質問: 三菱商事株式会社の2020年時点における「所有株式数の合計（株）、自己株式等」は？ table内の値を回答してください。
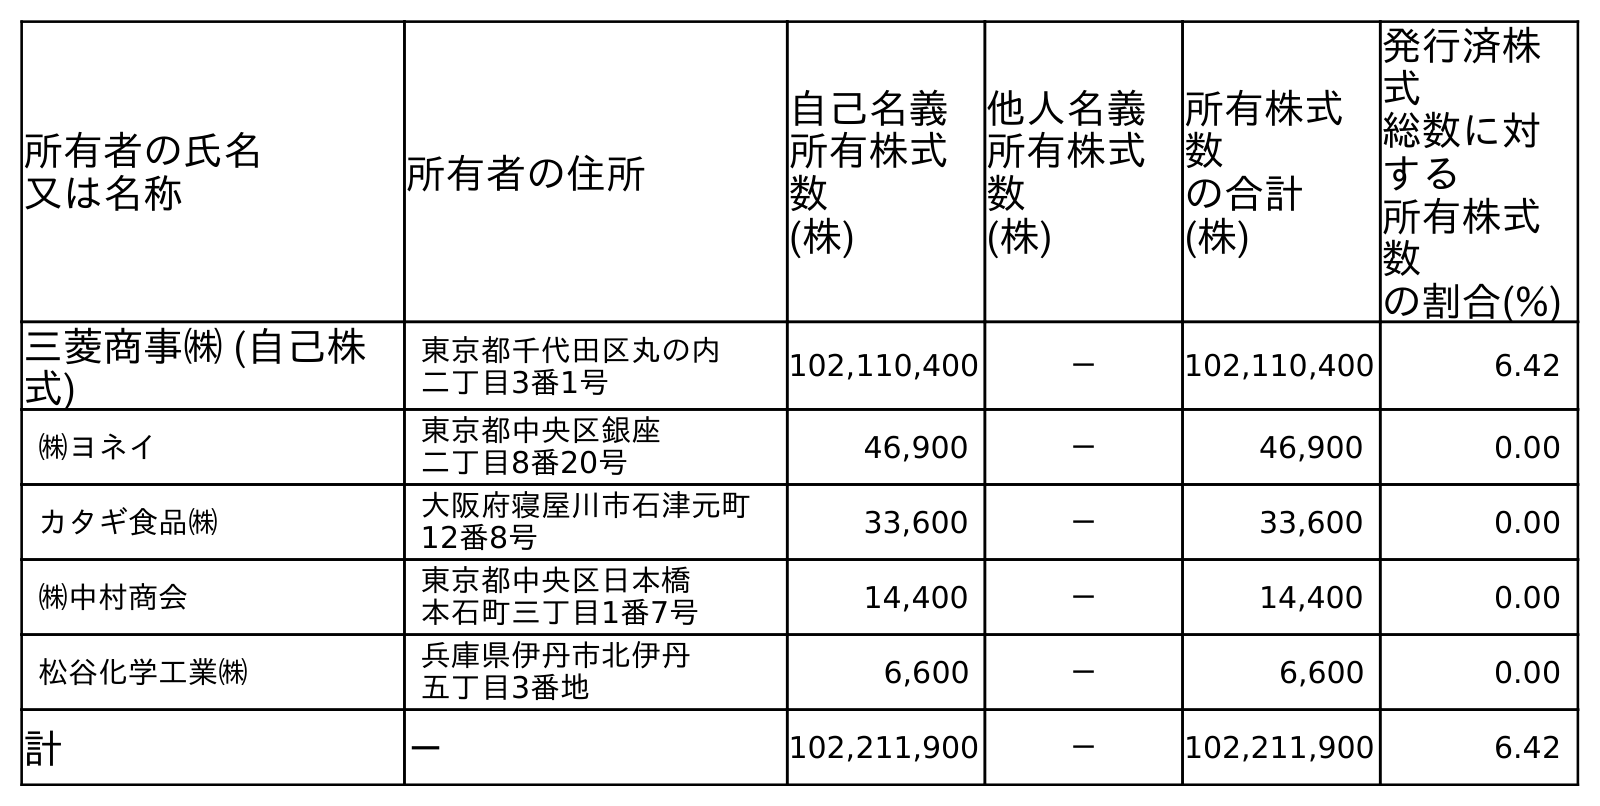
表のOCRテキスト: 所有者の氏名 又は名称 所有者の住所 自己名義 所有株式 数 (株) 他人名義 所有株式 数 (株) 所有株式 数 の合計 (株) 発行済株 式 総数に対 する 所有株式 数 の割合(%) 三菱商事㈱ (自己株 式) 東京都千代田区丸の内 二丁目3番1号 102,110,400 － 102,110,400 6.42 ㈱ヨネイ 東京都中央区銀座 二丁目8番20号 46,900 － 46,900 0.00 カタギ食品㈱ 大阪府寝屋川市石津元町 12番8号 33,600 － 33,600 0.00 ㈱中村商会 東京都中央区日本橋 本石町三丁目1番7号 14,400 － 14,400 0.00 松谷化学工業㈱ 兵庫県伊丹市北伊丹 五丁目3番地 6,600 － 6,600 0.00 計 － 102,211,900 － 102,211,900 6.42
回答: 102,211,900